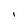
Character: I